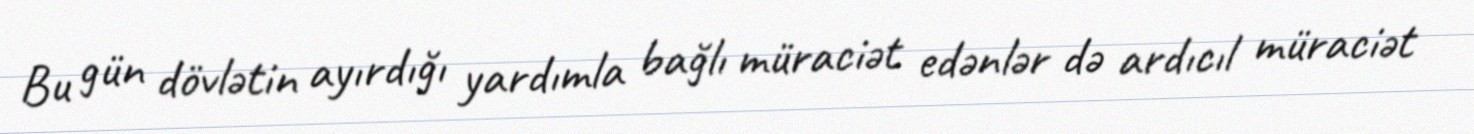
Bu gün dövlətin ayırdığı yardımla bağlı müraciət edənlər də ardıcıl müraciət